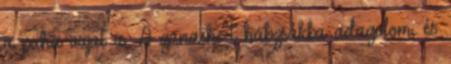
a puha vajat is. A ganache-t habzsákba adagolom, és